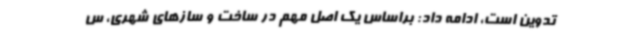
تدوین است، ادامه داد: براساس یک اصل مهم در ساخت‌ و سازهای شهری، س